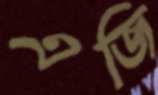
এজি